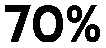
70%